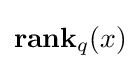
\mathbf {rank} _{q}(x)